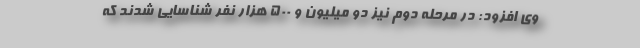
وی افزود: در مرحله دوم نیز دو میلیون و ۵۰۰ هزار نفر شناسایی شدند که